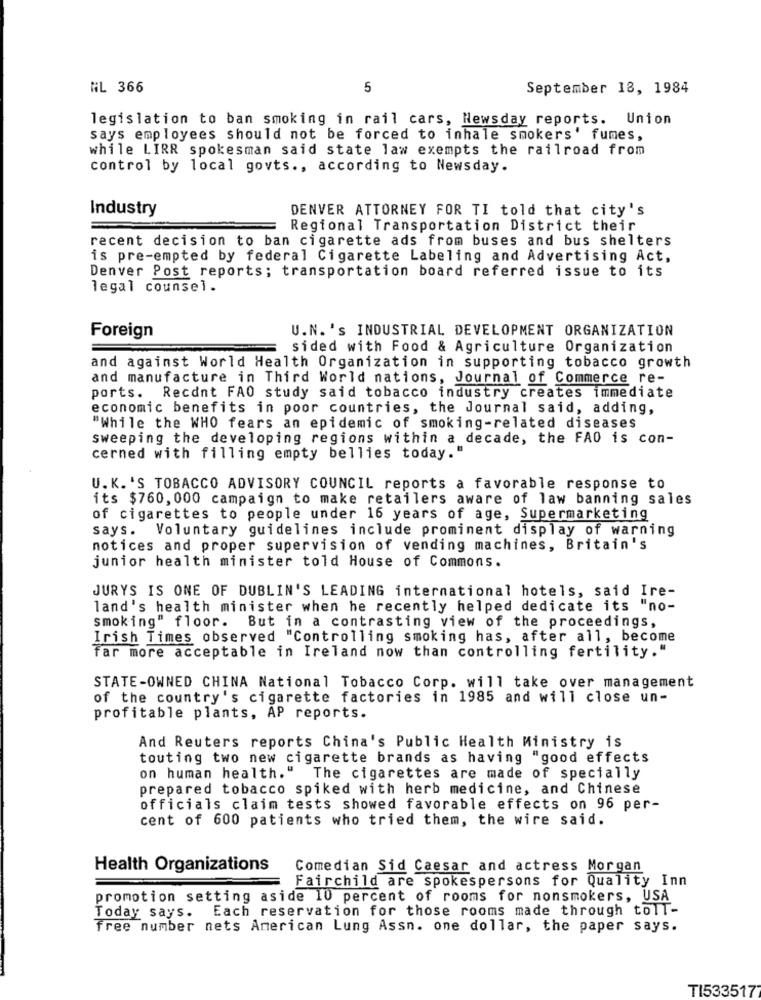
HL 366
5
September 18, 1984
legislation to ban smoking in rail cars, Newsday reports. Union
says employees should not be forced to inhale smokers' fumes,
while LIRR spokesman said state law exempts the railroad from
control by local govts ., according to Newsday.
Industry
DENVER ATTORNEY FOR TI told that city's
Regional Transportation District their
recent decision to ban cigarette ads from buses and bus shelters
is pre-empted by federal Cigarette Labeling and Advertising Act,
Denver Post reports; transportation board referred issue to its
legal counsel.
U.N. 's INDUSTRIAL DEVELOPMENT ORGANIZATION
Foreign
sided with Food & Agriculture Organization
and against World Health Organization in supporting tobacco growth
and manufacture in Third World nations, Journal of Commerce re-
ports. Recant FAO study said tobacco industry creates immediate
economic benefits in poor countries, the Journal said, adding,
"While the WHO fears an epidemic of smoking-related diseases
sweeping the developing regions within a decade, the FAO is con-
cerned with filling empty bellies today."
U.K. 'S TOBACCO ADVISORY COUNCIL reports a favorable response to
its $760, 000 campaign to make retailers aware of law banning sales
of cigarettes to people under 16 years of age, Supermarketing
says. Voluntary guidelines include prominent display of warning
notices and proper supervision of vending machines, Britain's
junior health minister told House of Commons.
JURYS IS ONE OF DUBLIN'S LEADING international hotels, said Ire-
land's health minister when he recently helped dedicate its "no-
smoking" floor. But in a contrasting view of the proceedings,
Irish Times observed "Controlling smoking has, after all, become
far more acceptable in Ireland now than controlling fertility."
STATE-OWNED CHINA National Tobacco Corp. will take over management
of the country's cigarette factories in 1985 and will close un-
profitable plants, AP reports.
And Reuters reports China's Public Health Ministry is
touting two new cigarette brands as having "good effects
on human health."
The cigarettes are made of specially
prepared tobacco spiked with herb medicine, and Chinese
officials claim tests showed favorable effects on 96 per-
cent of 600 patients who tried them, the wire said.
Health Organizations
Comedian Sid Caesar and actress Morgan
Fairchild are spokespersons for Quality Inn
promotion setting aside 10 percent of rooms for nonsmokers, USA
Each reservation for those rooms made through toll-
Today says.
free number nets American Lung Assn. one dollar, the paper says.
TI533517